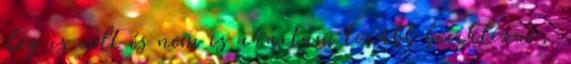
elég is volt és nem is akartam tovább biciklizni,